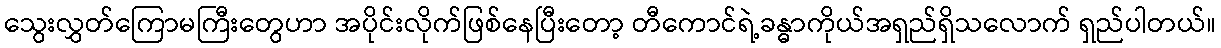
သွေးလွှတ်ကြောမကြီးတွေဟာ အပိုင်းလိုက်ဖြစ်နေပြီးတော့ တီကောင်ရဲ့ခန္ဓာကိုယ်အရှည်ရှိသလောက် ရှည်ပါတယ်။